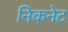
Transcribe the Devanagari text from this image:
निकनेट